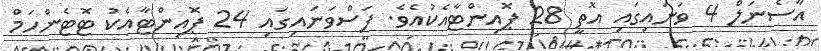
އާސެނަލް 4 ވަނައިގައި އޮތީ 28 ޕޮއިންޓާއެކުއެވެ. ފަސްވަނައިގައި 24 ޕޮއިންޓާއެކު ޓޮޓެންހަމް